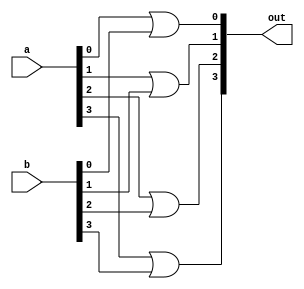
`timescale 1ns / 1ps
//////////////////////////////////////////////////////////////////////////////////
// Company: 
// Engineer: 
// 
// Design Name: 
// Module Name: or4
// Project Name: 
// Target Devices: 
// Tool Versions: 
// Description: 
// 
// Dependencies: 
// 
// Revision:
// Revision 0.01 - File Created
// Additional Comments:
// 
//////////////////////////////////////////////////////////////////////////////////


module or4(
    input [3:0] a,
    input [3:0] b,
    output [3:0] out
    );
    or or0 (out[0],a[0],b[0]);
    or or1 (out[1],a[1],b[1]);
    or or2 (out[2],a[2],b[2]);
    or or3 (out[3],a[3],b[3]);
    
endmodule